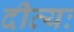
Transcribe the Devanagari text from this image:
दीव्यः